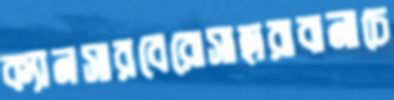
ক্যানসারবেরোসাহারাবানাচে